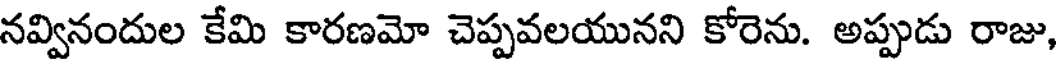
నవ్వినందుల కేమి కారణమో చెప్పవలయునని కోరెను. అప్పుడు రాజు,